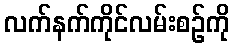
လက်နက်ကိုင်လမ်းစဉ်ကို